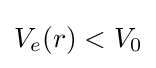
V_{e}(r)<V_{0}